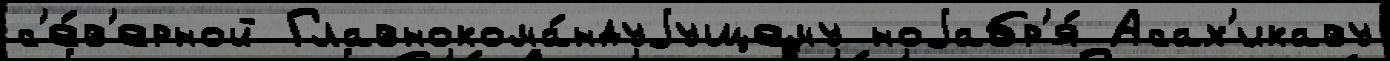
с'е́в'ерной Главнокома́ндуjущему ноjабр'я́ Асах'икаву